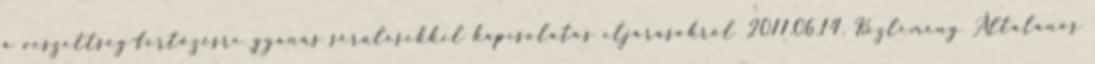
a veszettség-fertőzésre gyanús sérülésekkel kapcsolatos eljárásokról 2011.06.14. Közlemény Általános